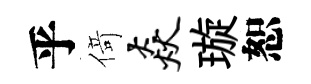
乎𠋣焱璇恕